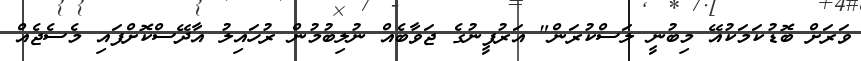
ވަރަށް ބޮޑުކަމަކުއޭ މިބުނީ ލަސްކުރަން" އަރުފީނުގެ ޖަވާބެއް ނުލިބުމުން ރުހައިލު އާދޭސްކޮށްފައި މެސެޖެއް